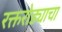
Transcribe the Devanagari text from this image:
रक्तरोड्याचा